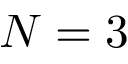
N = 3